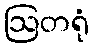
ဩတရုံ